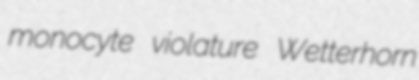
monocyte violature Wetterhorn